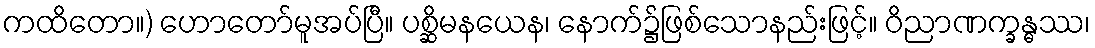
ကထိတော။) ဟောတော်မူအပ်ပြီ။ ပစ္ဆိမနယေန၊ နောက်၌ဖြစ်သောနည်းဖြင့်။ ဝိညာဏက္ခန္ဓဿ၊